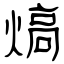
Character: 熇